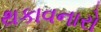
થકાવનારો